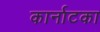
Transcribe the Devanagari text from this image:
कार्नाटका